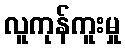
လူကုန်ကူးမှု